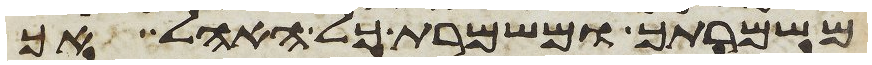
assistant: משמרתך ומשמרת כל האהל אך